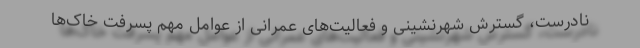
نادرست، گسترش شهرنشینی و فعالیت‌های عمرانی از عوامل مهم پسرفت خاک‌ها